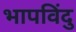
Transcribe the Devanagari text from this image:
भापविंदु